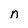
Character: n